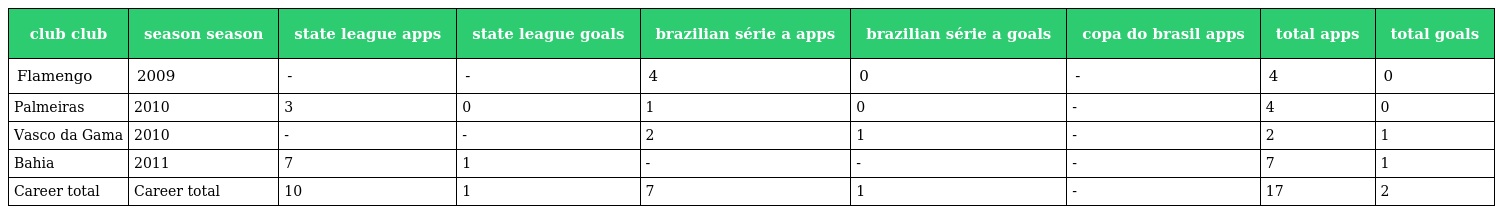
| club club | season season | state league apps | state league goals | brazilian série a apps | brazilian série a goals | copa do brasil apps | total apps | total goals |
 | --- | --- | --- | --- | --- | --- | --- | --- | --- |
 | Flamengo | 2009 | - | - | 4 | 0 | - | 4 | 0 |
 | Palmeiras | 2010 | 3 | 0 | 1 | 0 | - | 4 | 0 |
 | Vasco da Gama | 2010 | - | - | 2 | 1 | - | 2 | 1 |
 | Bahia | 2011 | 7 | 1 | - | - | - | 7 | 1 |
 | Career total | Career total | 10 | 1 | 7 | 1 | - | 17 | 2 |